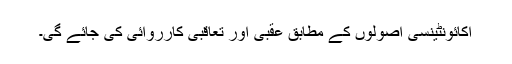
اکائونٹینسی اصولوں کے مطابق عقبی اور تعاقبی کارروائی کی جائے گی۔